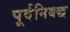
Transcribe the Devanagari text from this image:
पूर्वनिबद्ध